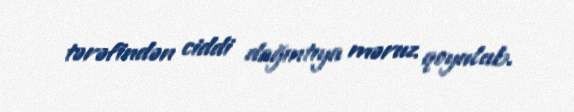
tərəfindən ciddi dağıntıya məruz qoyulub.